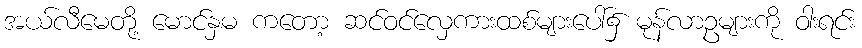
အယ်လီမေတို့ မောင်နှမ ကတော့ ဆင်ဝင်လှေကားထစ်များပေါ်၌ မုန်လာဥများကို ဝါးရင်း